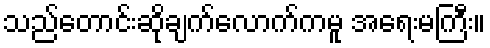
သည်တောင်းဆိုချက်လောက်ကမူ အရေးမကြီး။